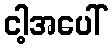
ငါ့အပေါ်